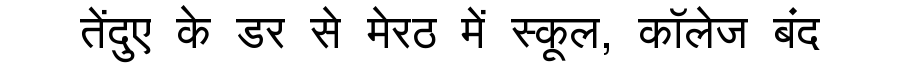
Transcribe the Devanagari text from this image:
तेंदुए के डर से मेरठ में स्कूल, कॉलेज बंद